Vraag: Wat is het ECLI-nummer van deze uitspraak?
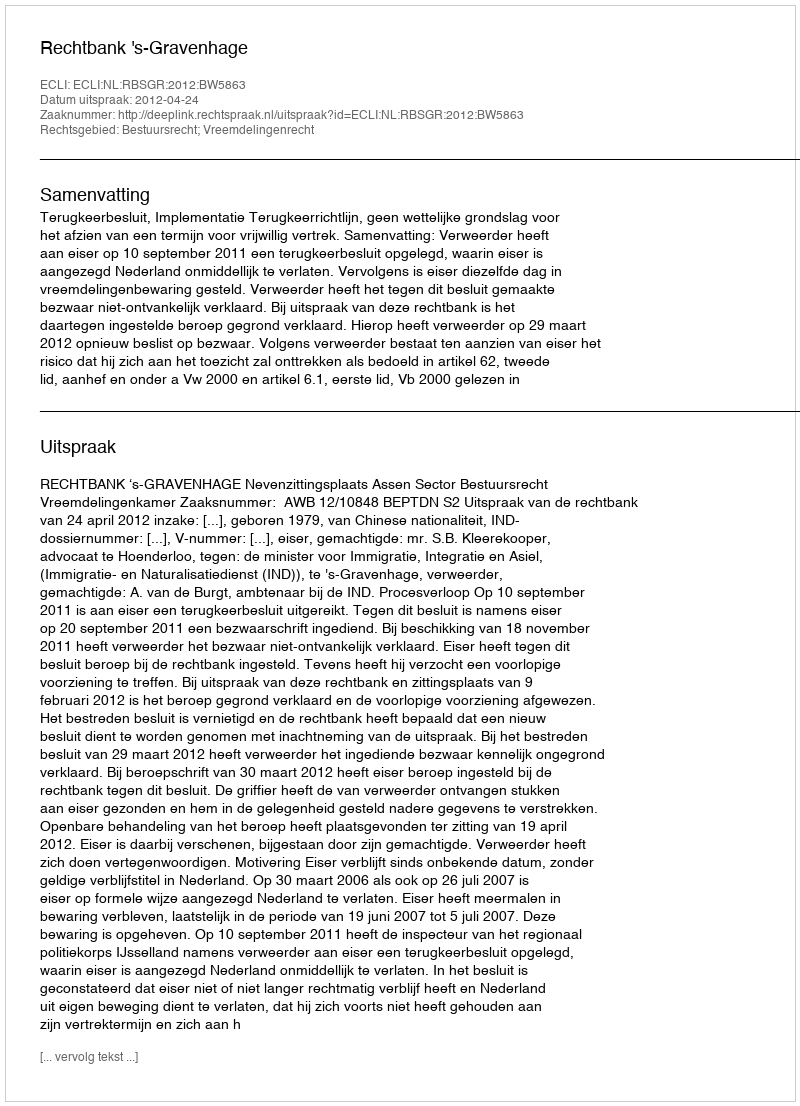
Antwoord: ECLI:NL:RBSGR:2012:BW5863